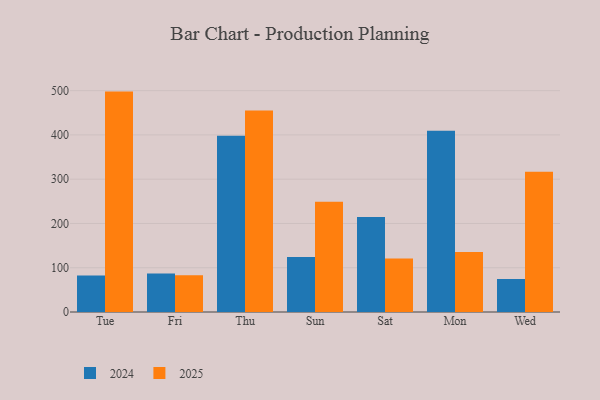
{"axis": {"x": "Day", "y": "Population (Million)"}, "legend": ["2024", "2025"], "data": [{"x": "Tue", "y": 497.8, "type": "2025"}, {"x": "Tue", "y": 82.6, "type": "2024"}, {"x": "Fri", "y": 82.8, "type": "2025"}, {"x": "Fri", "y": 86.9, "type": "2024"}, {"x": "Thu", "y": 455.0, "type": "2025"}, {"x": "Thu", "y": 398.0, "type": "2024"}, {"x": "Sun", "y": 248.9, "type": "2025"}, {"x": "Sun", "y": 124.2, "type": "2024"}, {"x": "Sat", "y": 120.6, "type": "2025"}, {"x": "Sat", "y": 214.7, "type": "2024"}, {"x": "Mon", "y": 135.7, "type": "2025"}, {"x": "Mon", "y": 409.1, "type": "2024"}, {"x": "Wed", "y": 317.0, "type": "2025"}, {"x": "Wed", "y": 74.5, "type": "2024"}]}